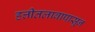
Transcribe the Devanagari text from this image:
हत्तीतलावापासून